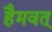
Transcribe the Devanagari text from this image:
हैमवत्